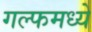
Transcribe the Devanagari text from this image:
गल्फमध्ये